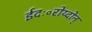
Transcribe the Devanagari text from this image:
ईदः॰रोय्दोन्